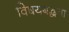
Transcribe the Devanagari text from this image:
विषयबद्धता